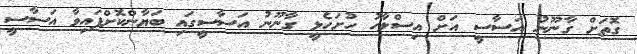
ގޮތަށް ގާނޫނު އަސާސީ އަށް އިސްލާހު ހުށަހެޅީ ގާނޫނު އަސާސީގައި ބަޔާންކޮށްފައިވާ އަސާސީ